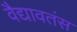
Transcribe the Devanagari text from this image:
वैद्यावतंस